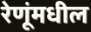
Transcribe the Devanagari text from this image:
रेणूंमधील